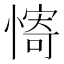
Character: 𫻀